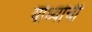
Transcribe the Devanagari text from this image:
योध्यांची